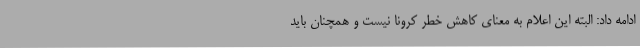
ادامه داد: البته این اعلام به معنای کاهش خطر کرونا نیست و همچنان باید